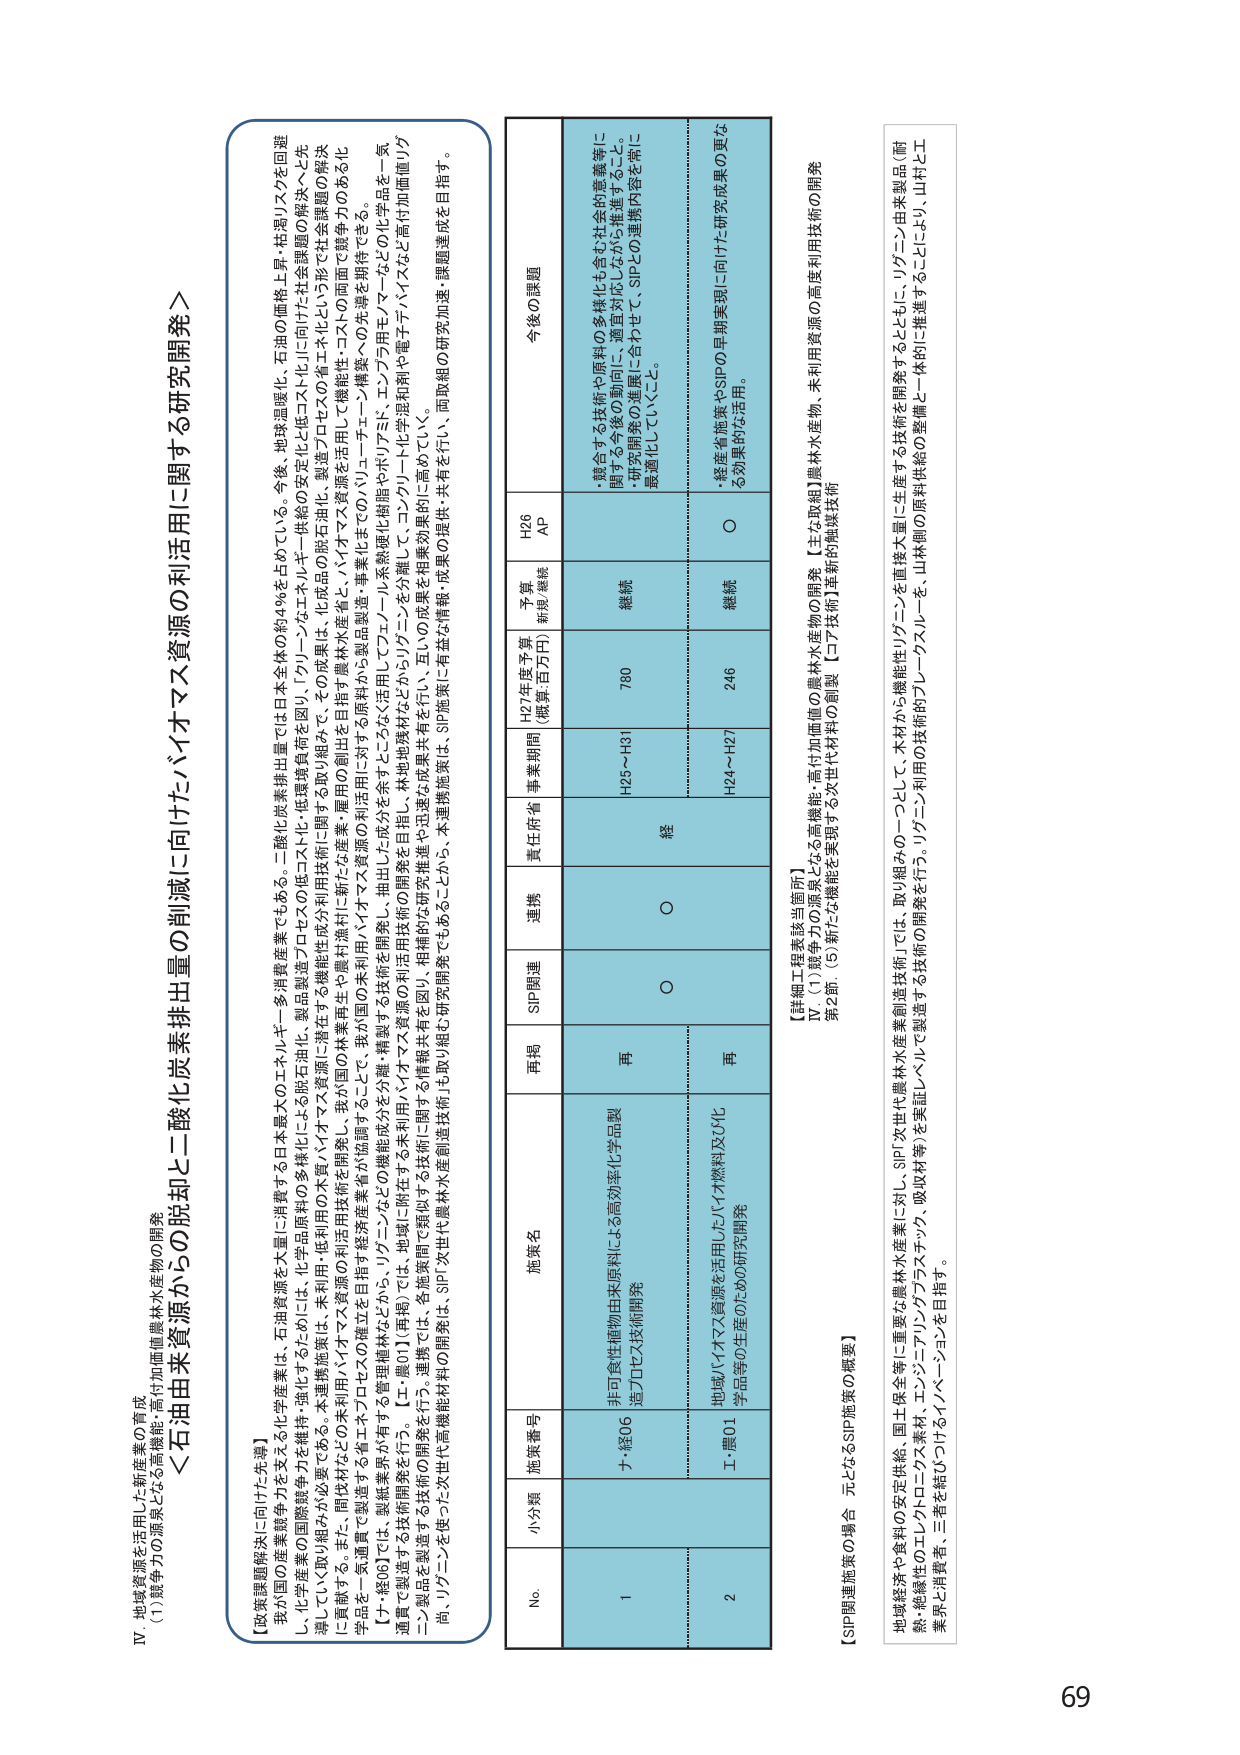
IV 地域資源を活用した新産業の育成
(1) 競争力の源泉となる高機能・高付加価値農林水産物の開発

＜石油由来資源からの脱却と二酸化炭素排出量の削減に向けたバイオマス資源の利活用に関する研究開発＞

【政策課題解決に向けた先導】
我が国の産業競争力を支える化学産業は、石油資源を大量に消費する日本最大のエネルギー多消費産業でもある。二酸化炭素排出量では日本全体の約44%を占めている。今後、地球温暖化・石油の価格上昇・枯渇リスクを回避し、化学産業の国際競争力を維持・強化するためには、化学品原料の多様化による脱石油化、製品製造プロセスの低コスト化・低環境負荷を図り、「グリーンなエネルギー供給の安定化と低コスト化」に向けた社会課題の解決へと先導していく取り組みが必須である。本連携施策は、木材利用・低利用の木質バイオマス資源に潜むする機能性成分を利用技術に加え、その成果は、化石燃料に依存した石油由来の「高エネルギー密度・高価格」の化学製品の解決に貢献する。また、間伐材などの未利用・バイオマス資源を有効に活用し、我が国の林業再生や農林水産業に新たな産業・雇用の創出を目指す施策を推進。バイオマス資源を活用して得られる化学製品や、バイオマス資源を活用した製品製造・事業化までのバリューチェーン構築への支援を提供できる。
【7・経06】では、製造する省エネプロセスの確立を目指す製造産業を対象調査することで、我が国の未利用バイオマス資源の利活用技術の開発を推進。製造業の省エネ・低炭素化推進のためのバリューチェーン構築への支援を提供できる。
【工・環01】（再掲）では、地域に所在する未利用バイオマス資源の利活用技術の開発を目指し、林地地残材などからリグニンを分離して、コンクリート化学添加剤や電子デバイスなど高付加価値リグニン製品を製造する技術開発を行う。連携では、各施策間で類似する技術に関する研究推進を迅速な成果共有を行い、互いの成果を相乗効果的に高めていく。
リグニンを使った次世代高機能材料の開発は、SIP「次世代農林水産創成技術」も取り組む研究開発でもあることから、本連携施策は、SIP施策に有益な情報・成果の提供・共有を行い、両取組の研究加速・課題達成を目指す。

No. 小分類 施策番号 施策名 再掲 SIP関連 連携 責任府省 事業期間 H27年度予算 (概算:百万円) 予算 新規/継続 H26 AP 今後の課題
1 7・経06 非可食性植物由来原料による高効率化学品製造プロセス技術開発 再 ○ ○ 経 H25～H31 780 継続 ・競合する技術や原料の多様化も含む社会的意義等に関する今後の動向に、適宜対応しながら推進すること。
・研究開発の進展に合わせて、SIPとの連携内容を常に最適化していくこと。
2 工・環01 地域バイオマス資源を活用したバイオ燃料及び化学品等の生産のための研究開発 再 ○ ○ H24～H27 246 継続 ・産業省施策やSIPの早期実現に向けた研究成果の更なる効果的な活用。

【詳細工程表該当箇所】
IV (1) 競争力の源泉となる高機能・高付加価値の農林水産物の開発 【主な取組】農林水産物の開発
第2節 (5) 新たな機能を実現する次世代材料の創製 【コア技術】革新的触媒技術

【SIP関連施策の融合 元となるSIP施策の概要】
地域経済や食料の安定供給、国土保全等に重要な農林水産業に対し、SIP「次世代農林水産創成技術」では、取り組みの一つとして、木材から機能性リグニンを直接大量に生産する技術を開発するとともに、リグニン由来製品（耐熱・絶縁性のエレクトロニクス素材、エンジニアリングプラスチック、吸収材等）を実証レベルで製造する技術の開発を行う。リグニン利用の技術的ブレークスルーを、山林側の原料供給の整備と一体的に推進することにより、山村と工業界と消費者、三者を結びつけるイノベーションを目指す。

69